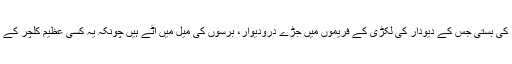
یہ ریمبور کی بستی جس کے دیودار کی لکڑی کے فریموں میں جڑے درودیوار، برسوں کی میل میں اَٹے ہیں چونکہ یہ کسی عظیم کلچر کے نقوش ہیں۔